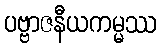
ပဗ္ဗာဇနီယကမ္မဿ